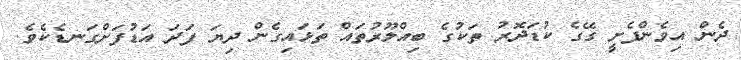
ދެން އިވެންފެށީ ގޭގެ ކުޑަދޮރު ތަކުގެ ބިއްލޫރުތައް ތަޅައިގެން ދިޔަ ފަދަ އަޑުފަށްގަނޑެކެވެ.